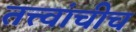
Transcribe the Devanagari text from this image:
तत्त्वांचीच